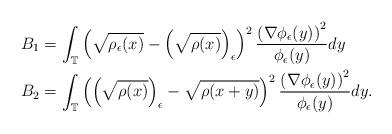
LaTeX: \begin{align*}B_{1} & =\int_{\mathbb{T}}\left(\sqrt{\rho_{\epsilon}(x)}-\left(\sqrt{\rho(x)}\right)_{\epsilon}\right)^{2}\frac{\left(\nabla\phi_{\epsilon}(y)\right)^{2}}{\phi_{\epsilon}(y)}dy\\B_{2} & =\int_{\mathbb{T}}\left(\left(\sqrt{\rho(x)}\right)_{\epsilon}-\sqrt{\rho(x+y)}\right)^{2}\frac{\left(\nabla\phi_{\epsilon}(y)\right)^{2}}{\phi_{\epsilon}(y)}dy.\end{align*}